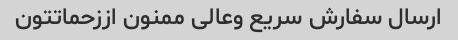
ارسال سفارش سریع وعالی ممنون اززحماتتون